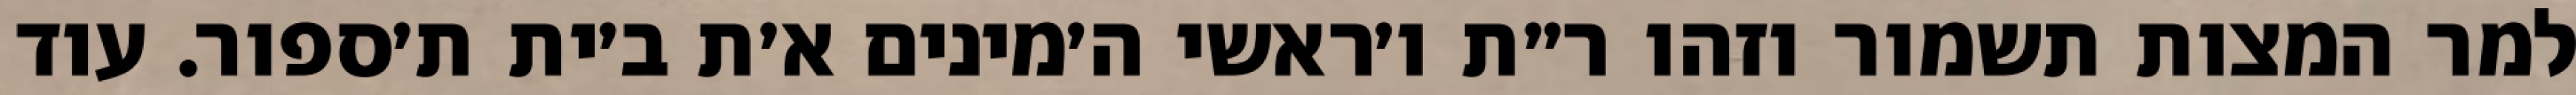
למר המצות תשמור וזהו ר״ת ו׳ראשי ה׳מינים א׳ת ב׳ית ת׳ספור. עוד